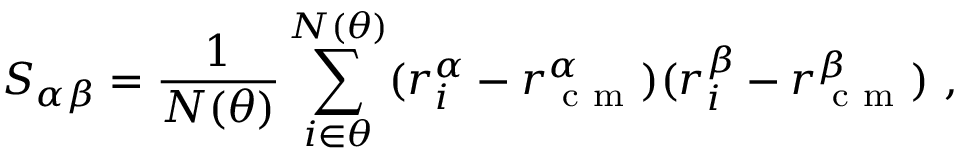
S _ { \alpha \beta } = { \frac { 1 } { N ( \theta ) } } \sum _ { i \in \theta } ^ { N ( \theta ) } ( r _ { i } ^ { \alpha } - r _ { \mathrm { ~ c ~ m ~ } } ^ { \alpha } ) ( r _ { i } ^ { \beta } - r _ { \mathrm { ~ c ~ m ~ } } ^ { \beta } ) ~ ,